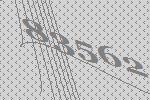
83562